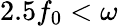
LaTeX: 2.5f_{0}<\omega